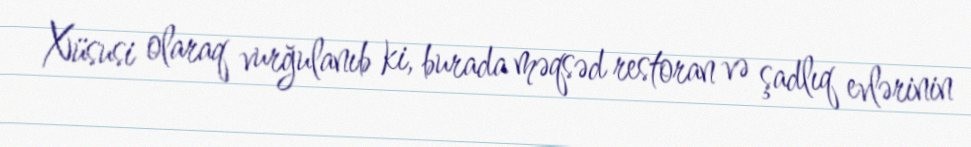
Xüsusi olaraq vurğulanıb ki, burada məqsəd restoran və şadlıq evlərinin